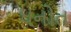
ધનોત